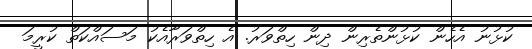
ކުޅުނު އެހެން ކުޅުންތެރިން ދިން ހިތްވަރު. އެ ހިތްވަރާއެކު މަސައްކަތް ކުރީމަ